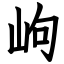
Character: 岣